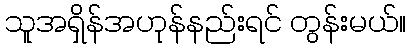
သူအရှိန်အဟုန်နည်းရင် တွန်းမယ်။